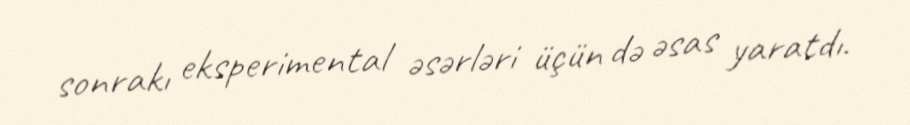
sonrakı eksperimental əsərləri üçün də əsas yaratdı.